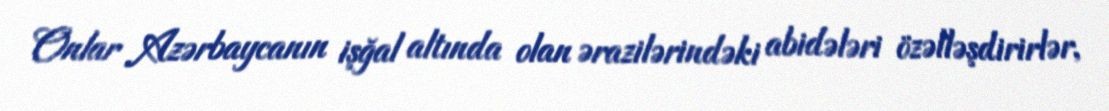
Onlar Azərbaycanın işğal altında olan ərazilərindəki abidələri özəlləşdirirlər,